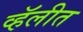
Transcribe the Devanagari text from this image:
व्हॅलीत